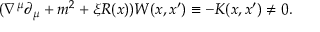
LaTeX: ( \nabla ^ { \mu } \partial _ { \mu } + m ^ { 2 } + \xi R ( x ) ) W ( x , x ^ { \prime } ) \equiv - K ( x , x ^ { \prime } ) \neq 0 .